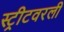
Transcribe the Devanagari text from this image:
स्ट्रीटवरली